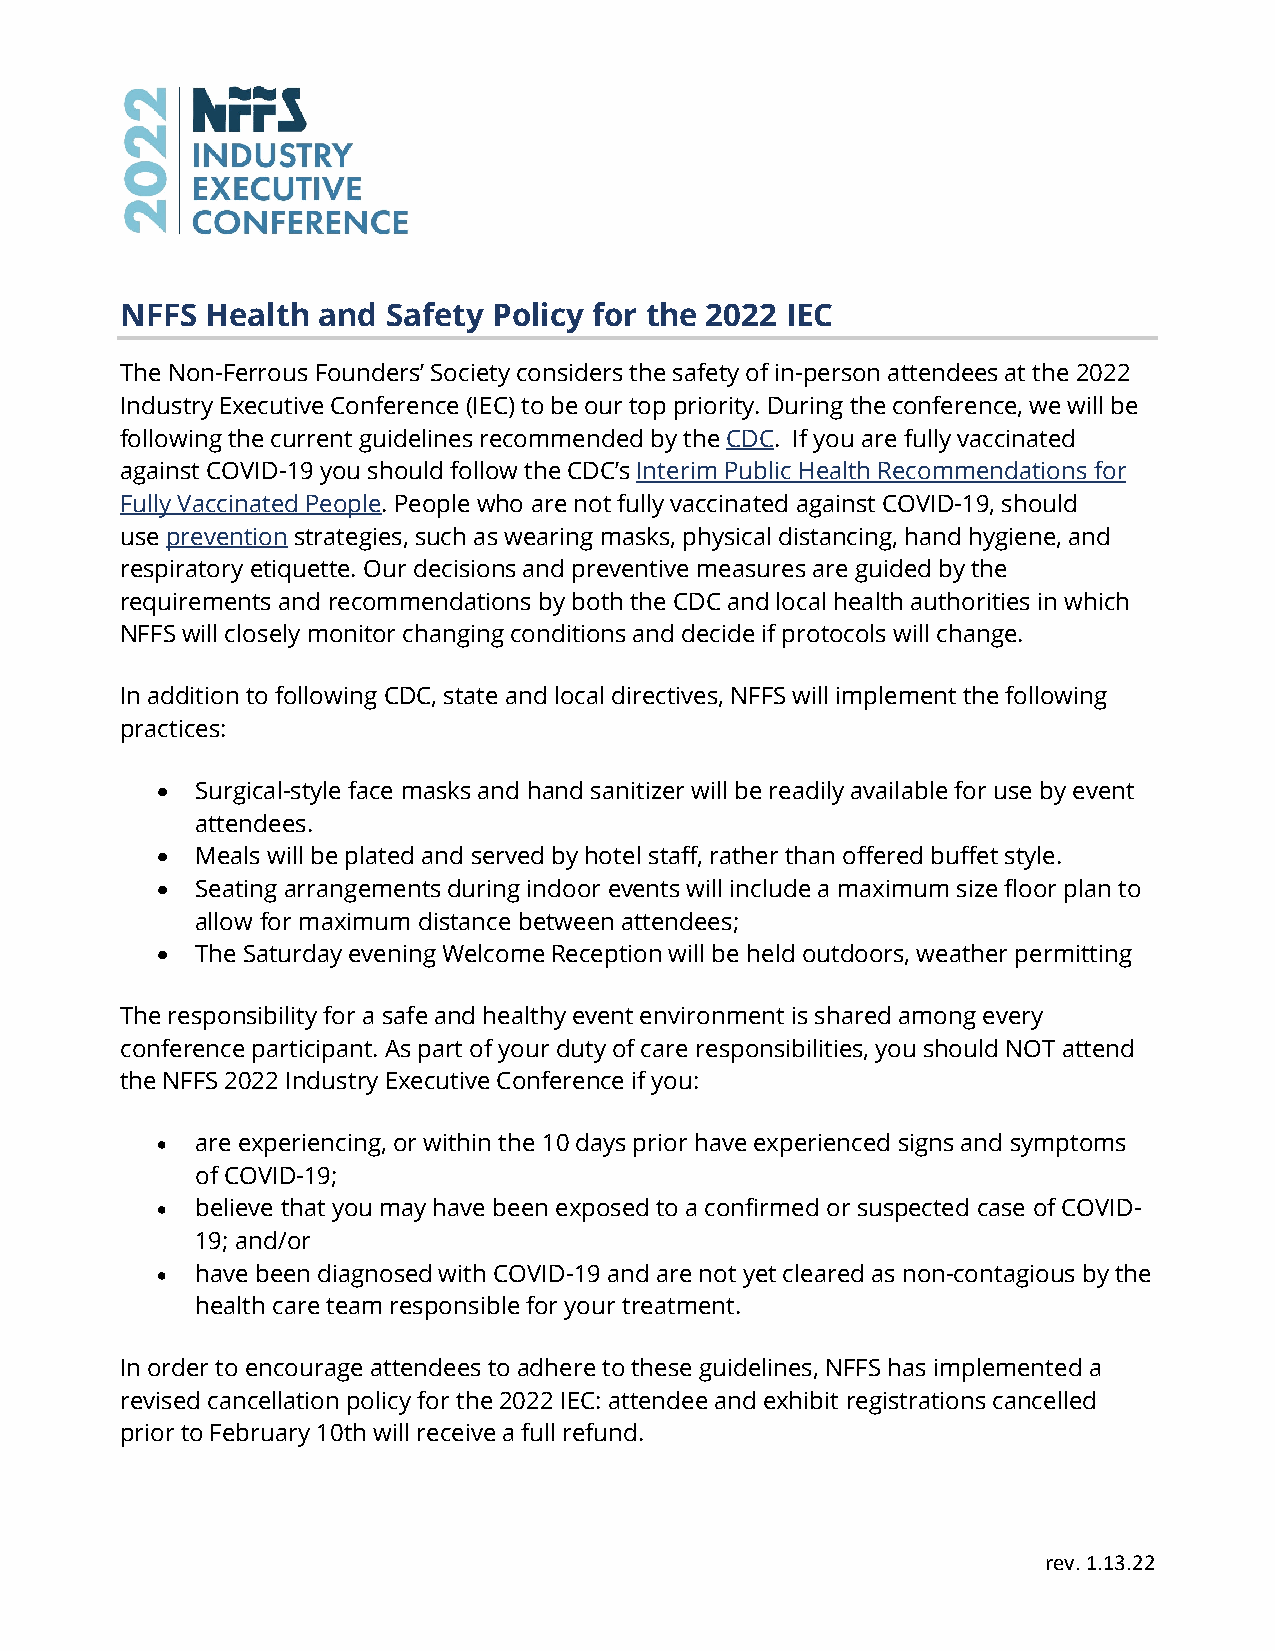
NFFS  Health and  Safety Policy for the 2022 IEC
 The Non-Ferrous Founders’ Society considers the safety of in-person attendees at the 2022
 Industry Executive Conference (IEC) to be our top priority. During the conference, we will be
 following the current guidelines recommended by the CDC. If you are fully vaccinated
 against COVID-19 you should follow the CDC’s Interim Public Health Recommendations for
 Fully Vaccinated People. People who are not fully vaccinated against COVID-19, should
 use prevention strategies, such as wearing masks, physical distancing, hand hygiene, and
 respiratory etiquette. Our decisions and preventive measures are guided by the
 requirements and recommendations by both the CDC and local health authorities in which
 NFFS will closely monitor changing conditions and decide if protocols will change.
 In addition to following CDC, state and local directives, NFFS will implement the following
 practices:
 •  Surgical-style face masks and hand sanitizer will be readily available for use by event
 attendees.
 •  Meals will be plated and served by hotel staff, rather than offered buffet style.
 •  Seating arrangements during indoor events will include a maximum size floor plan to
 allow for maximum distance between attendees;
 •  The Saturday evening Welcome Reception will be held outdoors, weather permitting
 The responsibility for a safe and healthy event environment is shared among every
 conference participant. As part of your duty of care responsibilities, you should NOT attend
 the NFFS 2022 Industry Executive Conference if you:
 •  are experiencing, or within the 10 days prior have experienced signs and symptoms
 of COVID-19;
 •  believe that you may have been exposed to a confirmed or suspected case of COVID-
 19; and/or
 •  have been diagnosed with COVID-19 and are not yet cleared as non-contagious by the
 health care team responsible for your treatment.
 In order to encourage attendees to adhere to these guidelines, NFFS has implemented a
 revised cancellation policy for the 2022 IEC: attendee and exhibit registrations cancelled
 prior to February 10th will receive a full refund.
 rev. 1.13.22